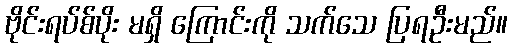
ဗိုင်းရပ်စ်ပိုး မရှိ ကြောင်းကို သက်သေ ပြရဦးမည်။